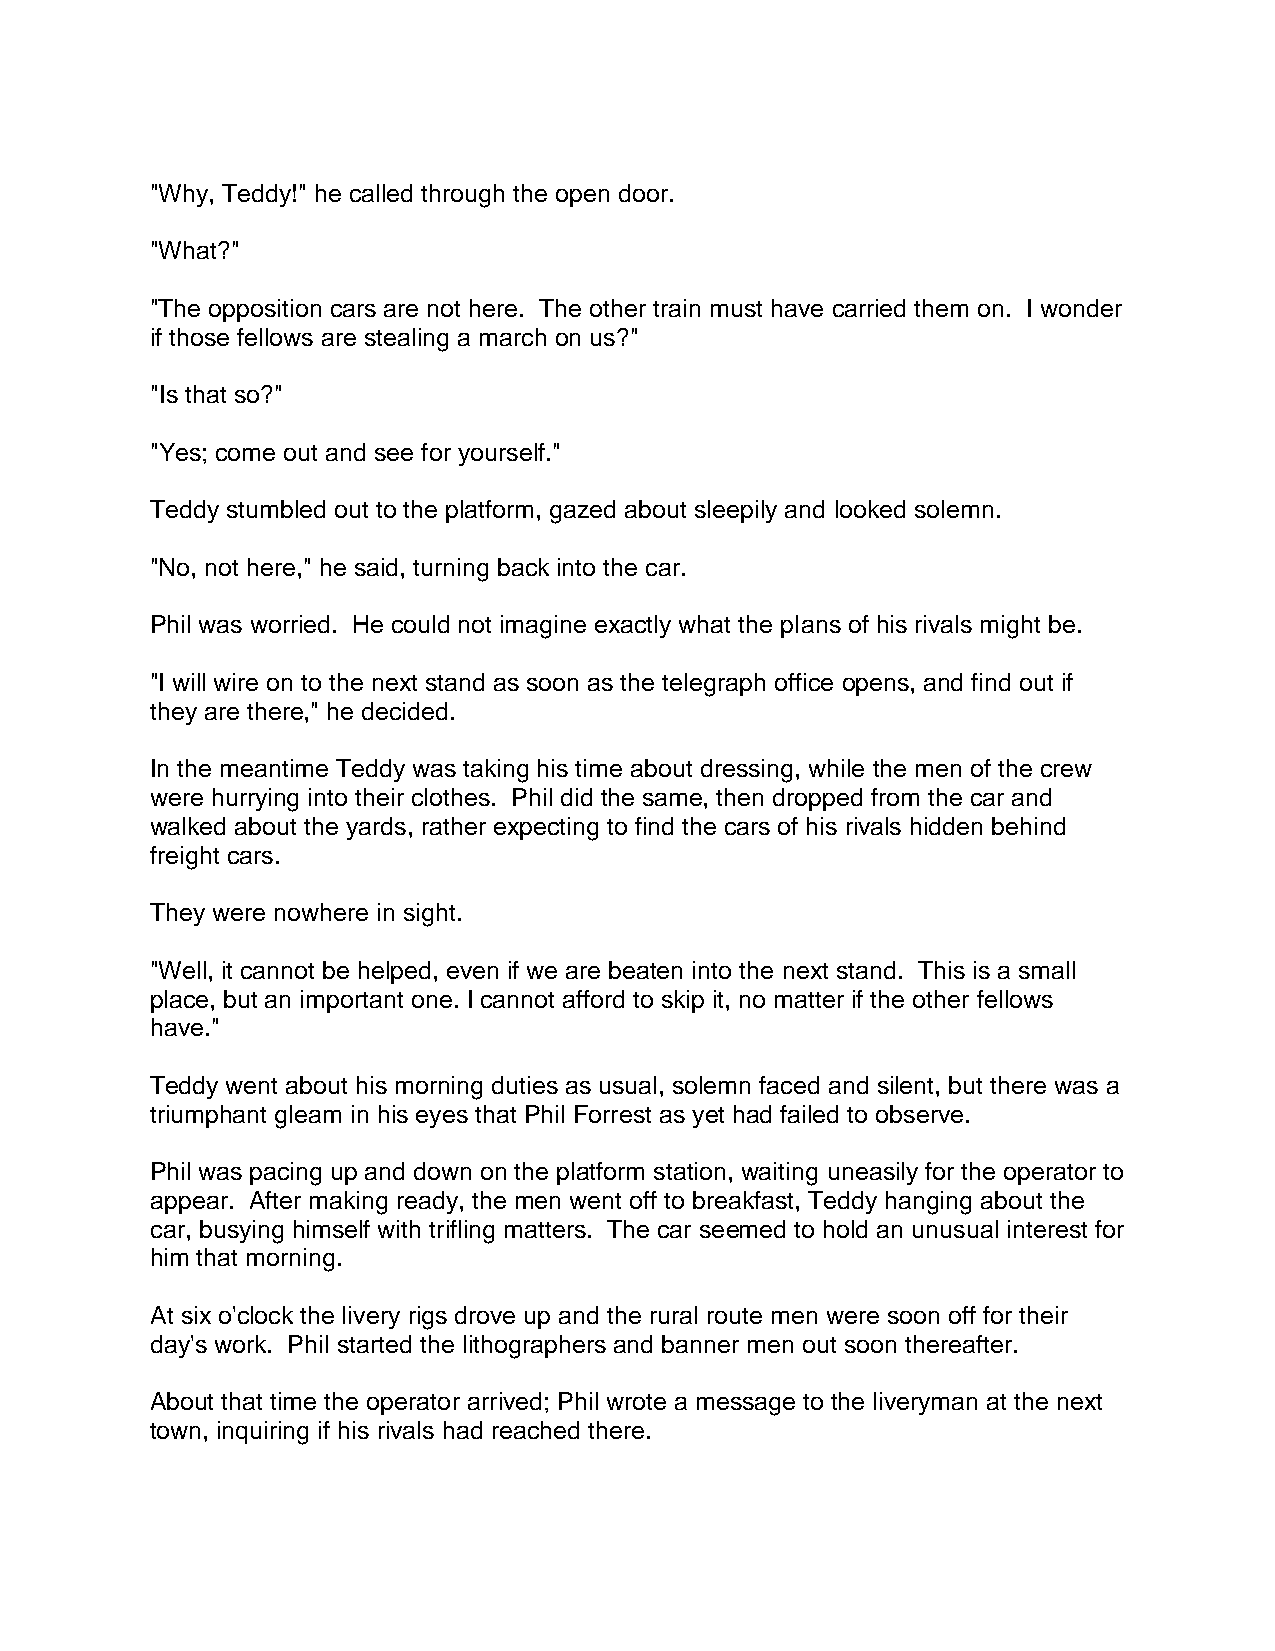
"Why, Teddy!" he called through the open door.
 "What?"
 "The opposition cars are not here. The other train must have carried them on. I wonder
 if those fellows are stealing a march on us?"
 "Is that so?"
 "Yes; come out and see for yourself."
 Teddy stumbled out to the platform, gazed about sleepily and looked solemn.
 "No, not here," he said, turning back into the car.
 Phil was worried. He could not imagine exactly what the plans of his rivals might be.
 "I will wire on to the next stand as soon as the telegraph office opens, and find out if
 they are there," he decided.
 In the meantime Teddy was taking his time about dressing, while the men of the crew
 were hurrying into their clothes. Phil did the same, then dropped from the car and
 walked about the yards, rather expecting to find the cars of his rivals hidden behind
 freight cars.
 They were nowhere in sight.
 "Well, it cannot be helped, even if we are beaten into the next stand. This is a small
 place, but an important one. I cannot afford to skip it, no matter if the other fellows
 have."
 Teddy went about his morning duties as usual, solemn faced and silent, but there was a
 triumphant gleam in his eyes that Phil Forrest as yet had failed to observe.
 Phil was pacing up and down on the platform station, waiting uneasily for the operator to
 appear. After making ready, the men went off to breakfast, Teddy hanging about the
 car, busying himself with trifling matters. The car seemed to hold an unusual interest for
 him that morning.
 At six o'clock the livery rigs drove up and the rural route men were soon off for their
 day's work. Phil started the lithographers and banner men out soon thereafter.
 About that time the operator arrived; Phil wrote a message to the liveryman at the next
 town, inquiring if his rivals had reached there.